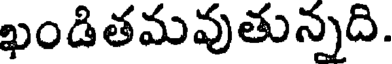
ఖండితమవుతున్నది.